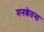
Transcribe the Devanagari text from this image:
मनश्चेतना